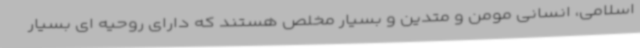
اسلامی، انسانی مومن و متدین و بسیار مخلص هستند که دارای روحیه ای بسیار